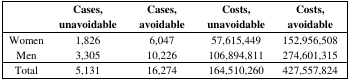
|  | Cases, unavoidable | Cases, avoidable | Costs, unavoidable | Costs, avoidable |
 | --- | --- | --- | --- | --- |
 | Women | 1,826 | 6,047 | 57,615,449 | 152,956,508 |
 | Men | 3,305 | 10,226 | 106,894,811 | 274,601,315 |
 | Total | 5,131 | 16,274 | 164,510,260 | 427,557,824 |